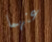
عنهما